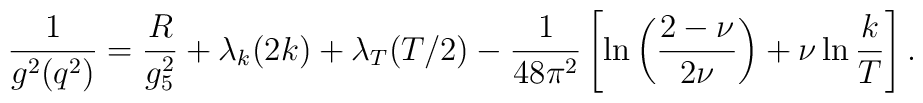
{1\over g^2(q^2)}= {R\over g_5^2}+ \lambda_k(2k) + \lambda_T(T/2) -{1\over 48\pi^2}\left[\ln\left({2-\nu\over 2\nu}\right) +\nu\ln{k\over T}\right].